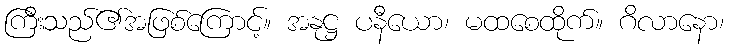
ကြီးသည်၏အဖြစ်ကြောင့်။ အနုဋ္ဌ ပနီယော၊ မထစေထိုက်။ ဂိလာနော၊